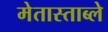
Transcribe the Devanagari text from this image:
मेतास्ताब्ले